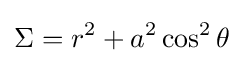
\Sigma =r^{2}+a^{2}\cos ^{2}\theta